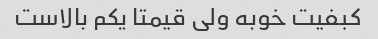
کبفیت خوبه ولی قیمتا یکم بالاست